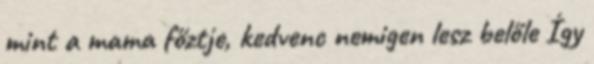
mint a mama főztje, kedvenc nemigen lesz belőle Így